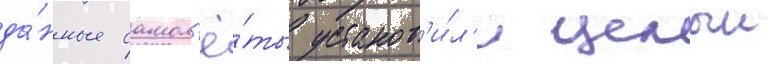
да́нные самол'ё́ты установ'и́л'и целыи